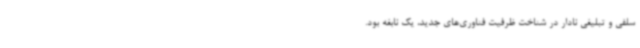
سلفی و تبلیغی نادار در شناخت ظرفیت فناوری‌های جدید، یک نابغه بود.